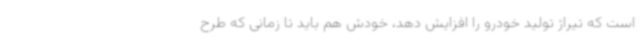
است که تیراژ تولید خودرو را افزایش دهد، خودش هم باید تا زمانی که طرح